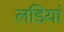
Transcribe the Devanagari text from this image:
लडियां